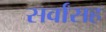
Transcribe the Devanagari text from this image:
सर्वांसह